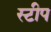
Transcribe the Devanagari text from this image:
स्टीप